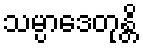
သမ္ပာဒေတုန္တိ